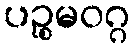
ပဉ္စမဝဂ္ဂ